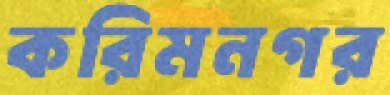
করিমনগর